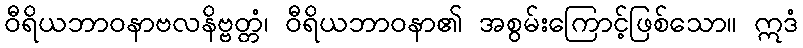
ဝီရိယဘာဝနာဗလနိဗ္ဗတ္တံ၊ ဝီရိယဘာဝနာ၏ အစွမ်းကြောင့်ဖြစ်သော။ ဣဒံ